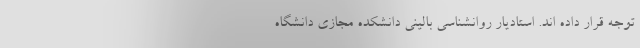
توجه قرار داده اند. استادیار روانشناسی بالینی دانشکده مجازی دانشگاه